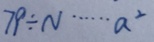
7 9 \div N \cdots a ^ { 2 }